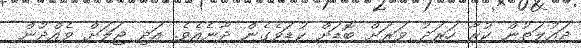
ދައުލަތުން ކުރާ ހަރަދު ވަރަށް ބޮޑަށް ކުޑަވެގެން ދާނެއެވެ. އަދި ޖަލަށް ވެއްދުން